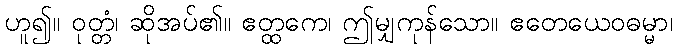
ဟူ၍။ ဝုတ္တံ၊ ဆိုအပ်၏။ ဧတ္ထကေ၊ ဤမျှကုန်သော။ ဧတေယေဝဓမ္မာ၊